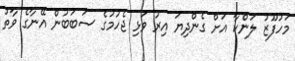
މަހުފޫޒު ލަންކާ އަށް ގެންދިޔަ އިރު ވަޅި ޖެހުމުގެ ސަބަބުން އޭނާގެ ވާތު